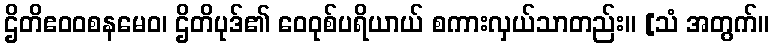
ဌိတိဧဝဝစနမေဝ၊ ဌိတိပုဒ်၏ ဝေဝုစ်ပရိယာယ် စကားလှယ်သာတည်း။ [သံ အတွက်။